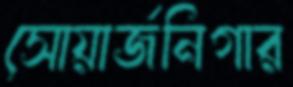
সোয়ার্জনিগার